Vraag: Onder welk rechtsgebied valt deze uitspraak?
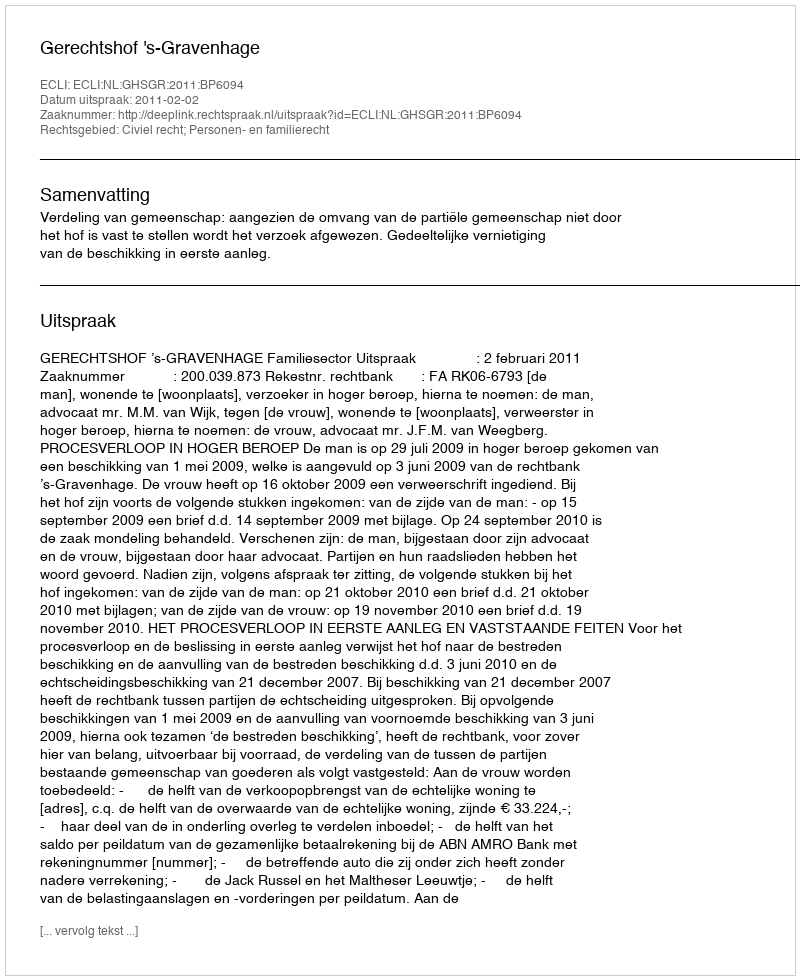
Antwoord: Civiel recht; Personen- en familierecht